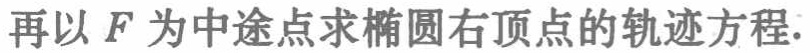
再以\(F\)为中途点求椭圆右顶点的轨迹方程.